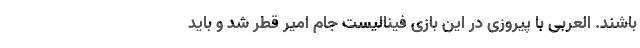
باشند. العربی با پیروزی در این بازی فینالیست جام امیر قطر شد و باید